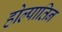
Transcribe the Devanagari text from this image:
होल्पातिन